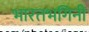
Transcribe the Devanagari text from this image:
भारतभगिनी